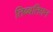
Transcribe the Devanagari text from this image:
तिब्‍बतियन